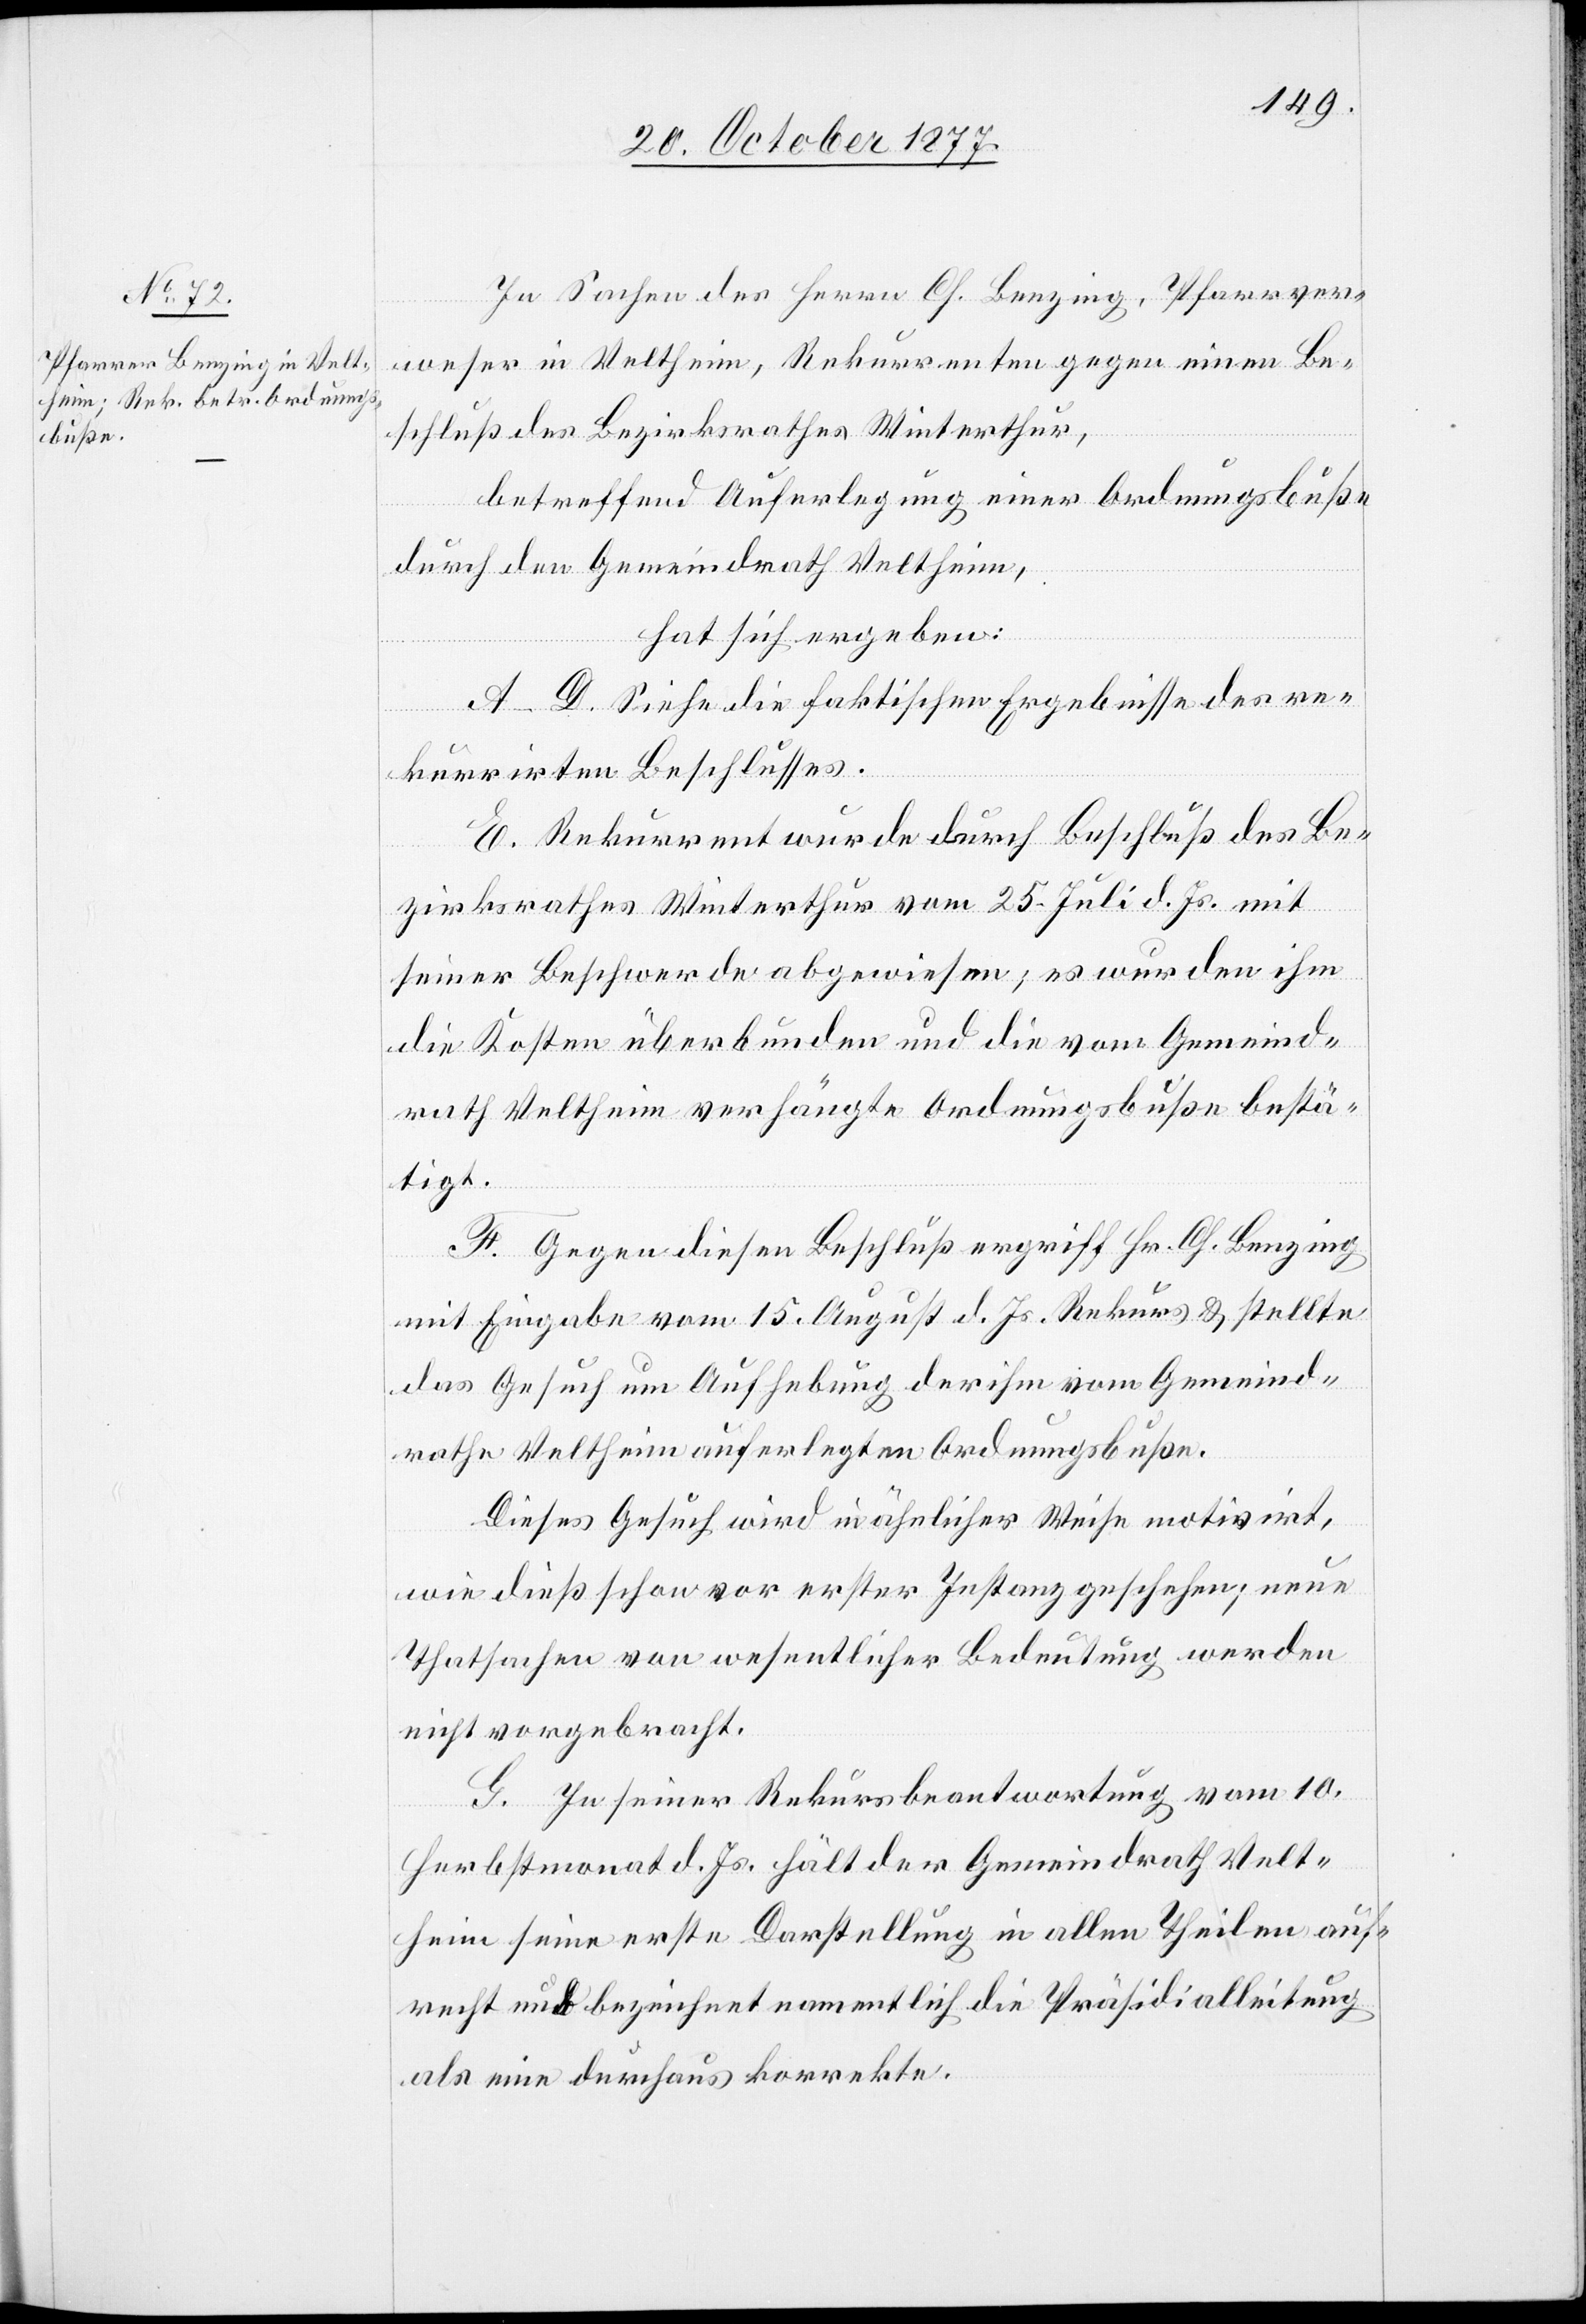
In Sachen des Herrn Ch. Benzing, Pfarrver¬
weser in Veltheim, Rekurrenten gegen einen Be¬
schluß des Bezirksrathes Winterthur,
betreffend Auferlegung einer Ordnungsbuße
durch den Gemeindrath Veltheim,
hat sich ergeben:
A–D. Siehe die faktischen Ergebnisse des re¬
kurrirten Beschlusses.
E. Rekurrent wurde durch Beschluß des Be¬
zirksrathes Winterthur vom 25. Juli d. Js. mit
seiner Beschwerde abgewiesen; es wurden ihm
die Kosten überbunden und die vom Gemeind¬
rath Veltheim verhängte Ordnungsbuße bestä¬
tigt.
F. Gegen diesen Beschluß ergriff Hr. Ch. Benzing
mit Eingabe vom 15. August d. Js. Rekurs & stellte
das Gesuch um Aufhebung der ihm vom Gemeind¬
rathe Veltheim auferlegten Ordnungsbuße.
Dieses Gesuch wird in ähnlicher Weise motivirt,
wie dieß schon vor erster Instanz geschehen; neue
Thatsachen von wesentlicher Bedeutung werden
nicht vorgebracht.
G. In seiner Rekursbeantwortung vom 10.
Herbstmonat d. Js. hält der Gemeindrath Velt¬
heim seine erste Darstellung in allen Theilen auf¬
recht und bezeichnet namentlich die Präsidialleitung
als eine durchaus korrekte.